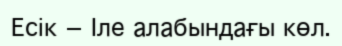
Есік — Іле алабындағы көл.